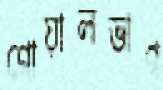
গোয়ালভাগ